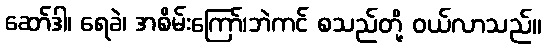
ဆော်ဒါ၊ ရေခဲ၊ အစိမ်းကြော်၊ဘဲကင် စသည်တို့ ဝယ်လာသည်။